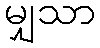
မျှသာ